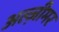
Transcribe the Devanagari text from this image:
अल्ज़ीमर